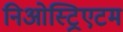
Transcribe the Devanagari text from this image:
निओस्ट्रिएटम